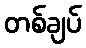
တစ်ချပ်